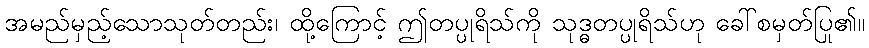
အမည်မှည့်သောသုတ်တည်း၊ ထို့ကြောင့် ဤတပ္ပုရိသ်ကို သုဒ္ဓတပ္ပုရိသ်ဟု ခေါ်စမှတ်ပြု၏။